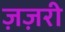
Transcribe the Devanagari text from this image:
ज़ज़री